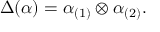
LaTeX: \Delta ( \alpha ) = \alpha _ { ( 1 ) } \otimes \alpha _ { ( 2 ) } .